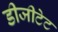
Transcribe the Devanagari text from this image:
डीजीटेट